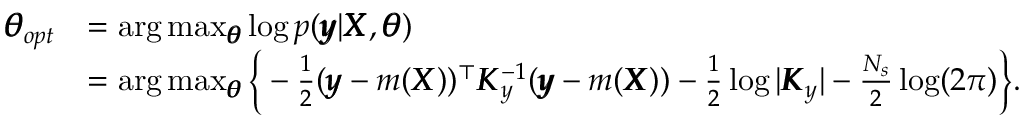
\begin{array} { r l } { \pmb { \theta } _ { o p t } } & { = \arg \operatorname* { m a x } _ { \pmb { \theta } } \log p ( \pmb { y } | \pmb { X } , \pmb { \theta } ) } \\ & { = \arg \operatorname* { m a x } _ { \pmb { \theta } } \Big \{ - \frac { 1 } { 2 } ( \pmb { y } - m ( \pmb { X } ) ) ^ { \top } \pmb { K } _ { y } ^ { - 1 } ( \pmb { y } - m ( \pmb { X } ) ) - \frac { 1 } { 2 } \log | \pmb { K } _ { y } | - \frac { N _ { s } } { 2 } \log ( 2 \pi ) \Big \} . } \end{array}